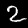
Digit: 2